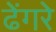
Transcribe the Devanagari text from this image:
ढेंगरे